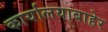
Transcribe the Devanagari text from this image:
कार्यालयाबाहेर